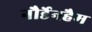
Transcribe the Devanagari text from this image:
नौर्डेनहैम